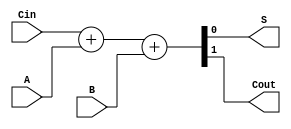
module fulladder_behav
(
 input A,
 input B,
 input Cin,
 
 output S, 
 output Cout
 );
 
assign {Cout,S} =  Cin + A + B;
 
endmodule